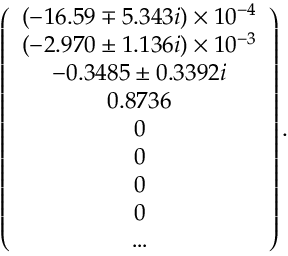
\left( \begin{array} { c } { { ( - 1 6 . 5 9 \mp 5 . 3 4 3 i ) \times 1 0 ^ { - 4 } } } \\ { { ( - 2 . 9 7 0 \pm 1 . 1 3 6 i ) \times 1 0 ^ { - 3 } } } \\ { { - 0 . 3 4 8 5 \pm 0 . 3 3 9 2 i } } \\ { { 0 . 8 7 3 6 } } \\ { { 0 } } \\ { { 0 } } \\ { { 0 } } \\ { { 0 } } \\ { { \ldots } } \end{array} \right) .